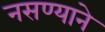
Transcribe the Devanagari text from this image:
नसण्याने